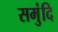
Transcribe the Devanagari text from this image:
समुंदि